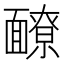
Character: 䩍